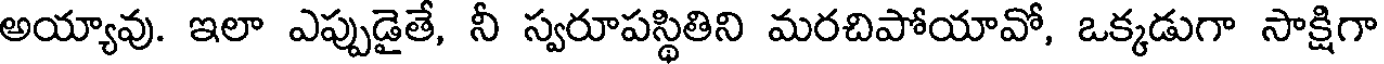
అయ్యావు. ఇలా ఎప్పుడైతే, నీ స్వరూపస్థితిని మరచిపోయావో, ఒక్కడుగా సాక్షిగా